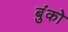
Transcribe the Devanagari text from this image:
बुंको